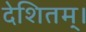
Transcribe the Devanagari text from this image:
देशितम्।